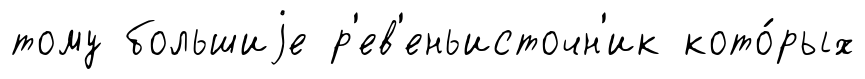
тому большиjе р'ев'еньисточн'ик кото́рых